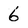
Character: 6